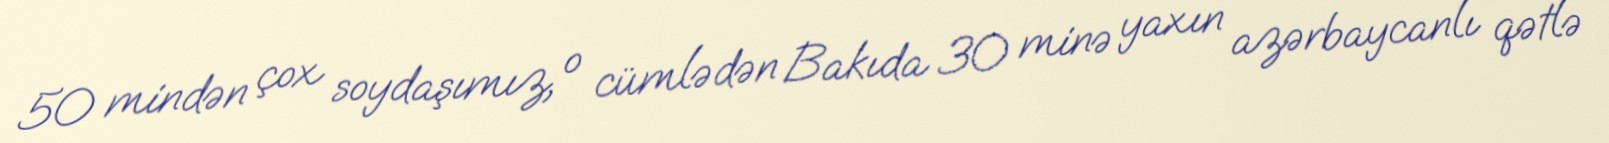
50 mindən çox soydaşımız, o cümlədən Bakıda 30 minə yaxın azərbaycanlı qətlə